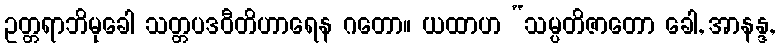
ဥတ္တရာဘိမုခေါ သတ္တပဒဝီတိဟာရေန ဂတော။ ယထာဟ “သမ္ပတိဇာတော ခေါ, အာနန္ဒ,